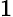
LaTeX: \small 1